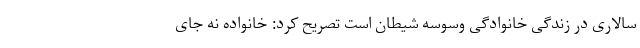
سالاری در زندگی خانوادگی وسوسه شیطان است تصریح کرد: خانواده نه جای